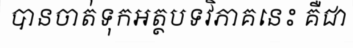
បានចាត់ទុកអត្ថបទវិភាគនេះ គឺជា